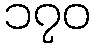
၁၇၀